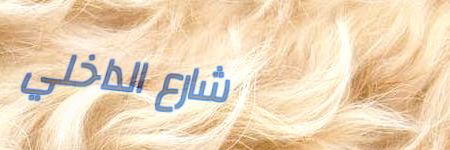
شارع الداخلي